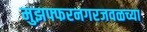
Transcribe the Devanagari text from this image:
मुझफ्फरनगरजवळच्या